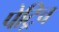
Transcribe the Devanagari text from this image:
पेट्रिच